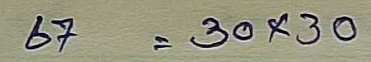
67 = 30x30